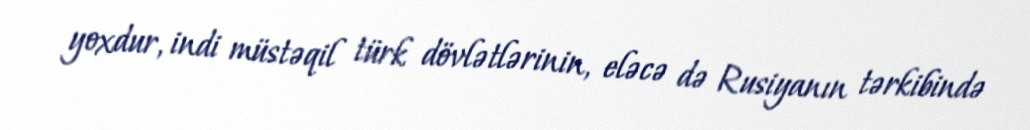
yoxdur, indi müstəqil türk dövlətlərinin, eləcə də Rusiyanın tərkibində